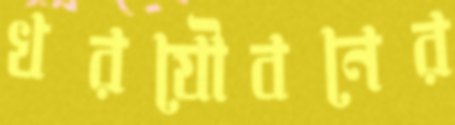
খরযৌবনের